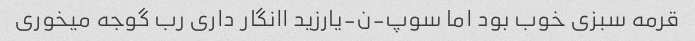
قرمه سبزی خوب بود اما سوپ-ن-یارزید اانگار داری رب گوجه میخوری